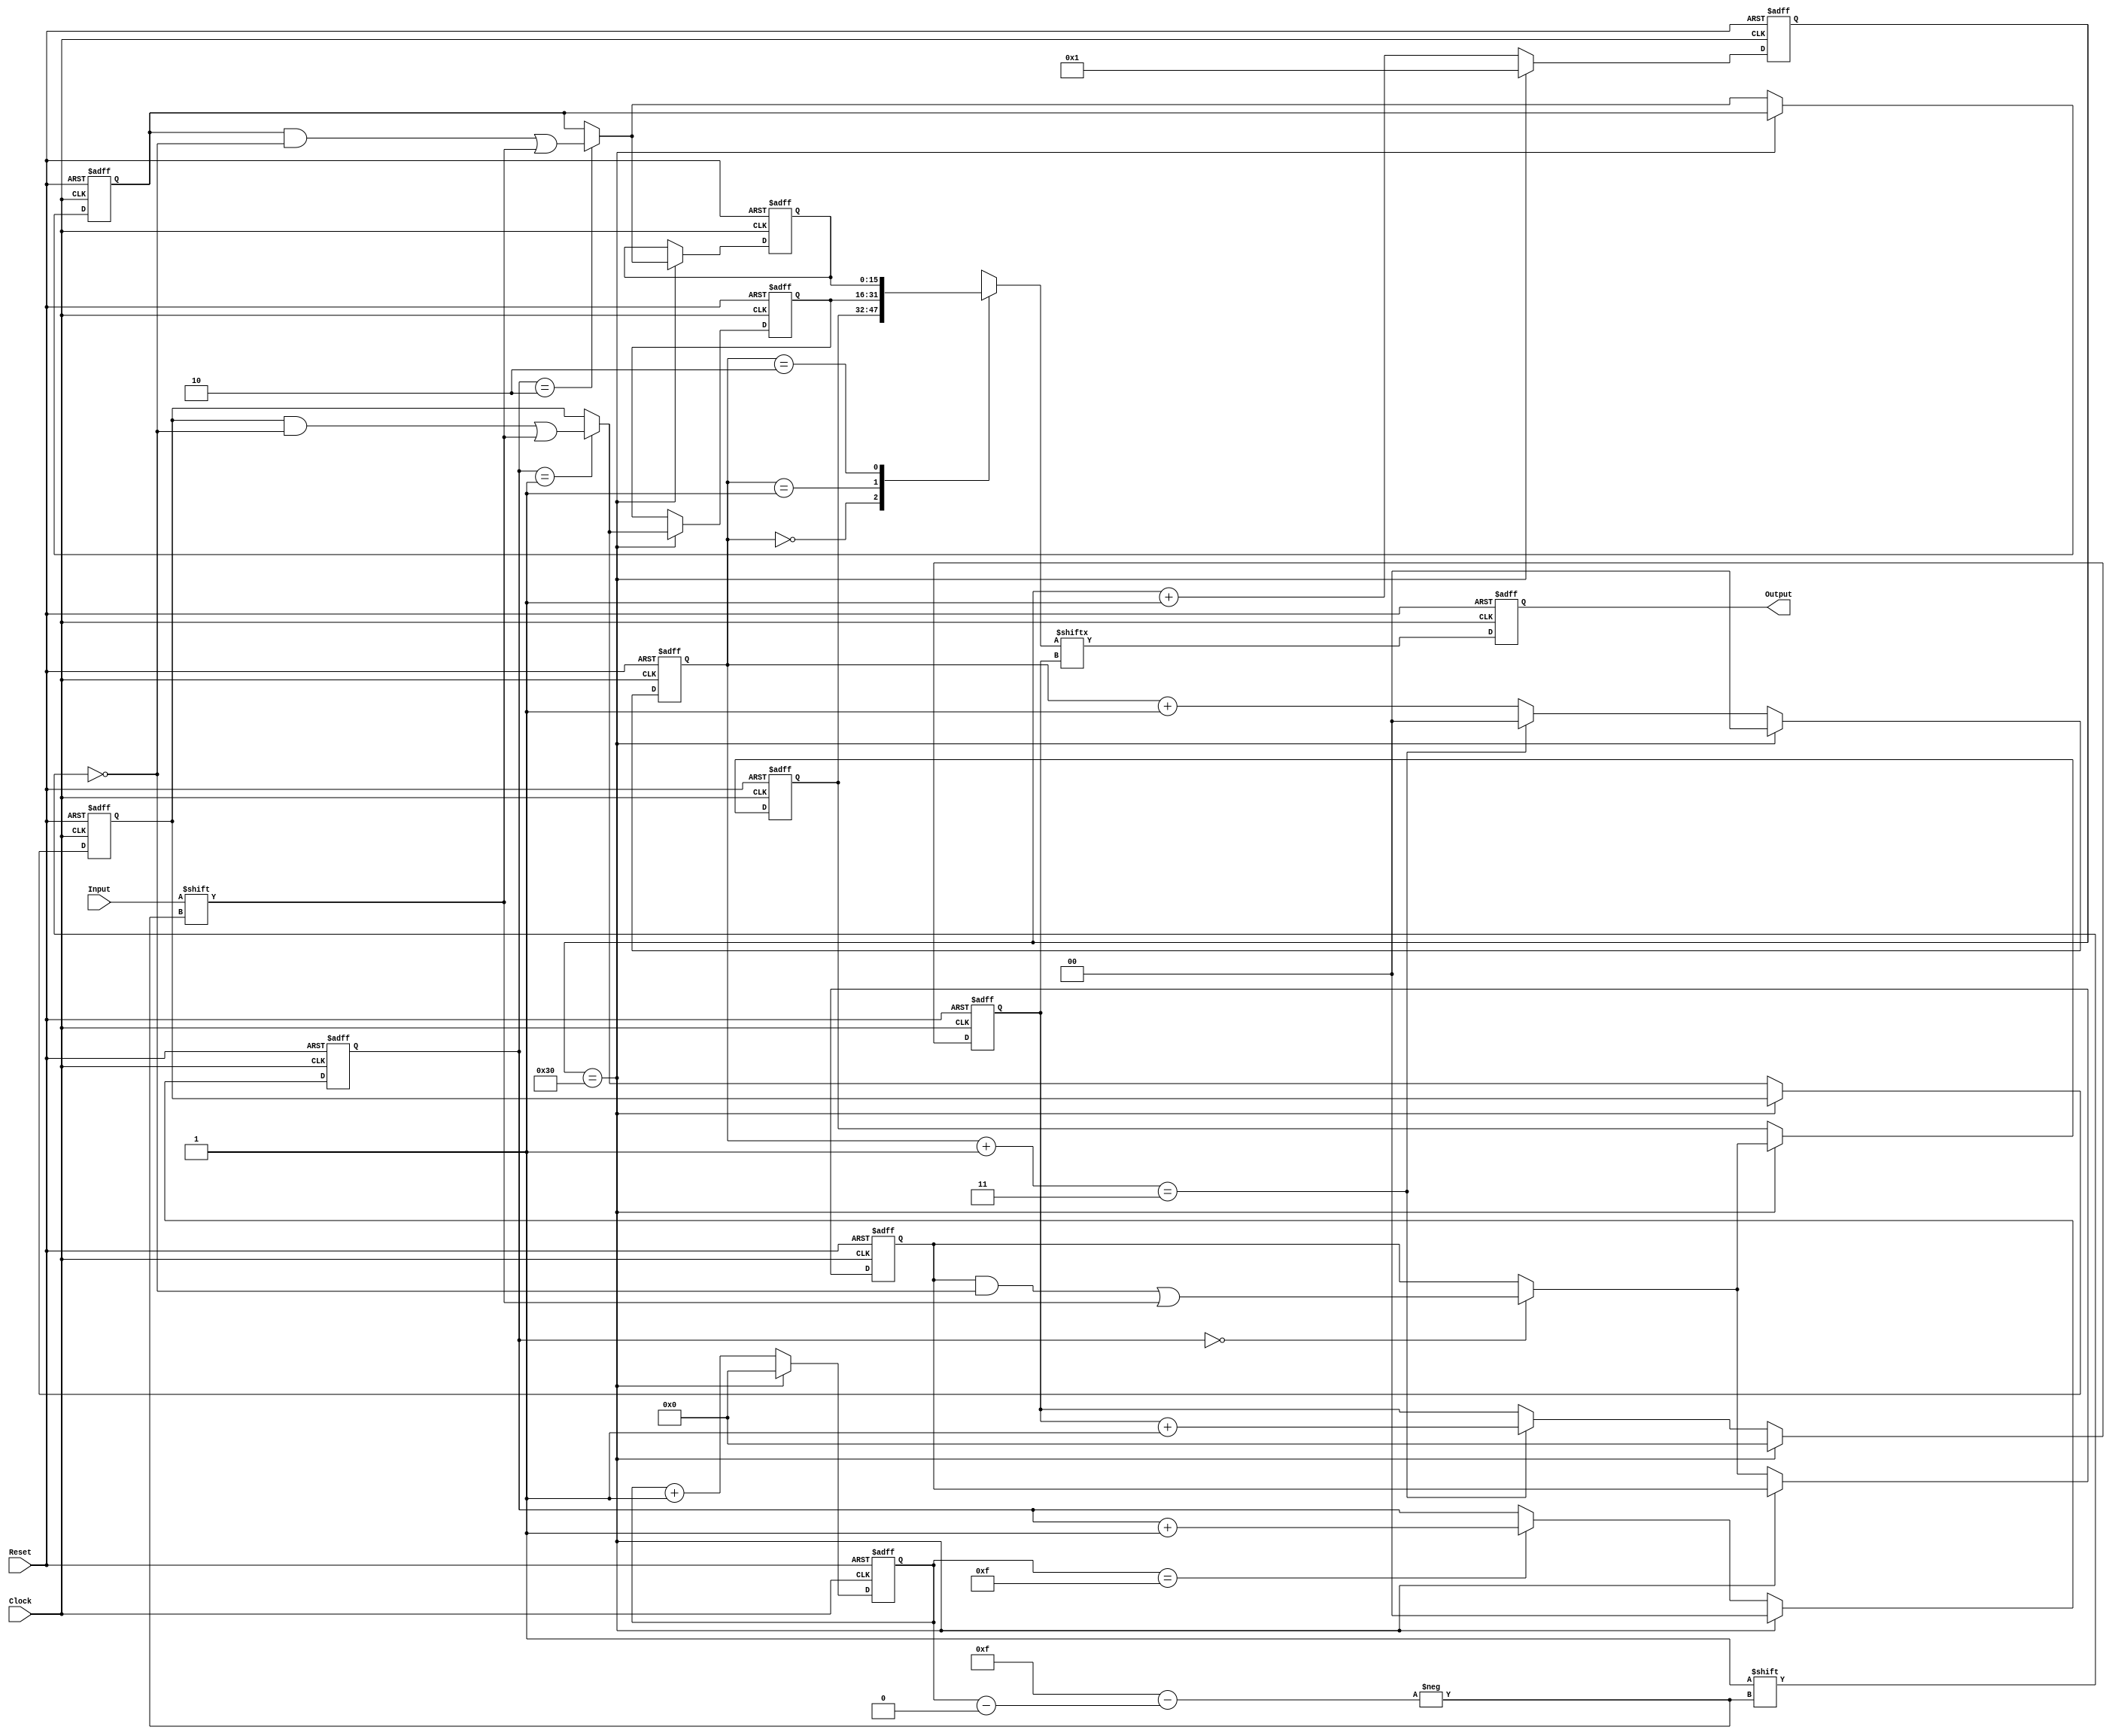
// Before going to the modulation mapping......

module Interleaver(Input, Reset, Clock, Output);


//We need to make 2 permutations:
//i = (NCBPS/16) (k mod 16) + floor(k/16)  for k = 0, 1, , NCBPS1
//j = s  floor(i/s) + (i + NCBPS  floor(16  i/NCBPS)) mod s   for i = 0,1, NCBPS  1
// where: s = max(NBPSC/2,1)

    input wire Input;
    input wire Reset;
    input wire Clock;
    output reg Output;

    parameter N_CBPS = 48;
    parameter N_COLS = 16;
    parameter N_ROWS = N_CBPS / 16;

    reg [3:0] j_col_IN; // Which is the 4 bits inthe symbol
    reg [1:0] i_row_IN; // Which is the coordinates.
    reg [0:15] MEM_IN [0:2];
    reg [3:0] j_col_OUT;
    reg [1:0] i_row_OUT;
    reg [0:15] MEM_OUT [0:2];
    reg [7:0] counter;

    integer k;
    always @(posedge Clock, posedge Reset)
    begin
        if (Reset)
        begin    // Here is the initialization process for our matrix.(Buffer)
            j_col_IN <= 4'b0000;
            i_row_IN <= 2'b00;
            for(k = 0; k < N_ROWS; k = k + 1)               
                MEM_IN[k] <= 16'h0000;
            j_col_OUT <= 4'b0000;
            i_row_OUT <= 2'b00;
            for(k = 0; k < N_ROWS; k = k + 1)               
                MEM_OUT[k] <= 16'h0000;
            counter <= 8'h01;
        end
        else
        begin
            counter <= counter + 8'h01;
            if (counter == N_CBPS)
            begin
                
                for(k = 0; k < N_ROWS; k = k + 1)        
                begin
                    MEM_OUT[k] <= MEM_IN[k];
                end
                j_col_IN <= 4'b0000;
                i_row_IN <= 2'b00;
                j_col_OUT <= 4'b0000;
                i_row_OUT <= 2'b00;
                counter <= 8'h01;
                MEM_OUT[i_row_IN][j_col_IN] <= Input;
            end
            else
            begin
                
                MEM_IN[i_row_IN][j_col_IN] <= Input;
                j_col_IN <= j_col_IN + 4'b0001;
                if (j_col_IN == 4'b1111)
                    i_row_IN <= i_row_IN + 2'b01;
                
                i_row_OUT <= i_row_OUT + 2'b01;
                if (i_row_OUT + 2'b01 == N_ROWS)
                begin
                    j_col_OUT <= j_col_OUT + 4'b0001;
                    i_row_OUT <= 2'b00;
                end 
            end
        end
    end
    always @(posedge Clock, posedge Reset)
    begin
        if (Reset)
            Output <= 1'b0;
        else
            Output <= MEM_OUT[i_row_OUT][j_col_OUT];
    end
endmodule